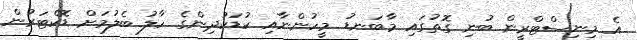
އެ މިނިސްޓްރީން ބުނި ގޮތުގައި މާބަނޑު މީހުންނާއި ކުޑަކުދިންގެ ހާލު ބެލުމަށް ޑޮކްޓަރުން